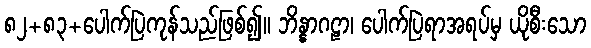
၈၂+၈၃+ပေါက်ပြဲကုန်သည်ဖြစ်၍။ ဘိန္နာဂဠာ၊ ပေါက်ပြဲရာအရပ်မှ ယိုစီးသော